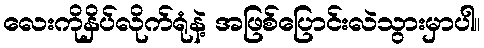
လေးကိုနှိပ်လိုက်ရုံနဲ့ အဖြစ်ပြောင်းလဲသွားမှာပါ။